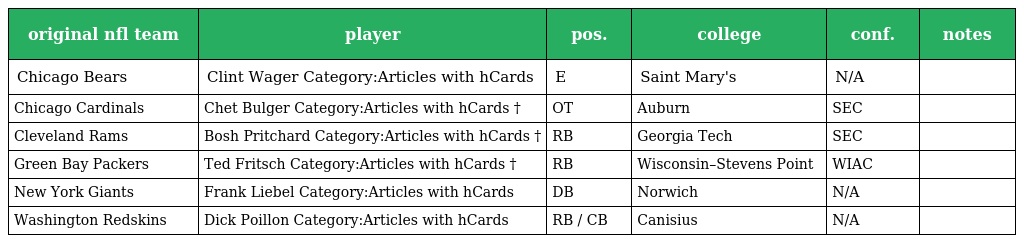
| original nfl team | player | pos. | college | conf. | notes |
 | --- | --- | --- | --- | --- | --- |
 | Chicago Bears | Clint Wager Category:Articles with hCards | E | Saint Mary's | N/A |  |
 | Chicago Cardinals | Chet Bulger Category:Articles with hCards † | OT | Auburn | SEC |  |
 | Cleveland Rams | Bosh Pritchard Category:Articles with hCards † | RB | Georgia Tech | SEC |  |
 | Green Bay Packers | Ted Fritsch Category:Articles with hCards † | RB | Wisconsin–Stevens Point | WIAC |  |
 | New York Giants | Frank Liebel Category:Articles with hCards | DB | Norwich | N/A |  |
 | Washington Redskins | Dick Poillon Category:Articles with hCards | RB / CB | Canisius | N/A |  |